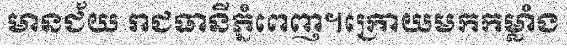
មានជ័យ រាជធានីភ្នំពេញ។ក្រោយមកកម្លាំង